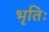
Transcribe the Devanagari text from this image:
भृतिः